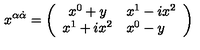
x ^ { \alpha { \dot { \alpha } } } = \left( \begin{array} { c l } { x ^ { 0 } + y } & { x ^ { 1 } - i x ^ { 2 } } \\ { x ^ { 1 } + i x ^ { 2 } } & { x ^ { 0 } - y } \\ \end{array} \right)